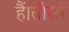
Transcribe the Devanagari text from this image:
हैं।तीसरे